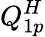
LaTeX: Q_{1p}^{H}